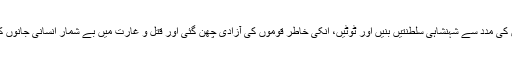
ان مصالحوں کی مدد سے شہنشاہی سلطنتیں بنیں اور ٹوٹیں، انکی خاطر قوموں کی آزادی چھن گئی اور قتل و غارت میں بے شمار انسانی جانوں کا نقصان ہوا۔